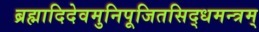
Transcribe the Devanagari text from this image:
ब्रह्मादिदेवमुनिपूजितसिद्धमन्त्रम्